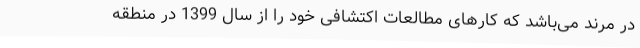
در مرند می‌باشد که کارهای مطالعات اکتشافی خود را از سال 1399 در منطقه